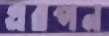
এরপন